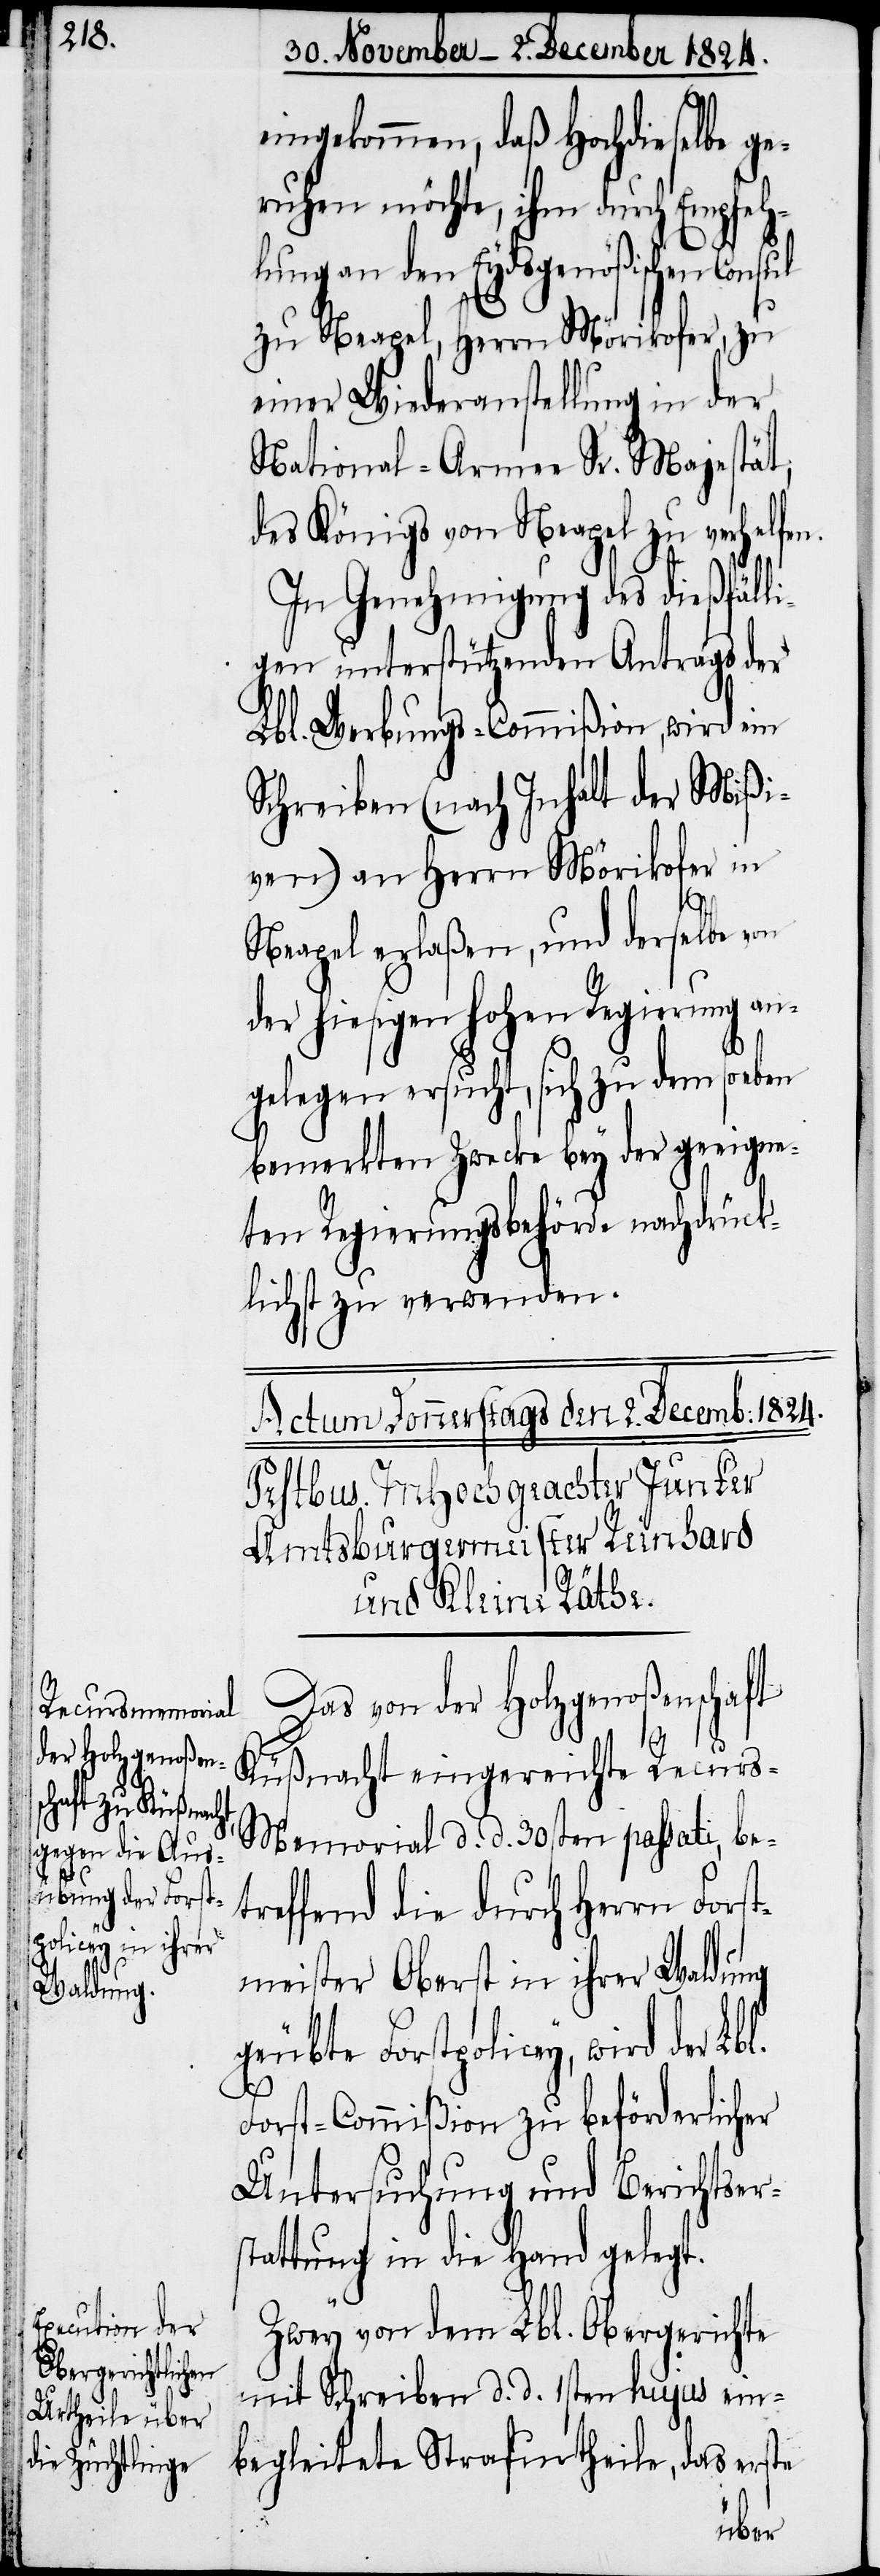
eingekommen, daß Hochdieselbe ge¬
ruhen möchte, ihm durch Empfeh¬
lungen an den Eydsgenößischen Consul
zu Neapel, Herrn Mörikofer, zu
einer Wiederanstellung in der
National-Armee Sr. Majestät;
des Königs von Neapel zu verhelfen.
In Genehmigung des dießfälli¬
gen unterstützenden Antrags der
Lbl. Werbungs-Commißion, wird ein
Schreiben (nach Inhalt der Mißi¬
ven) an Herrn Mörikofer in
Neapel erlaßen, und derselbe von
der hiesigen hohen Regierung an¬
gelegen ersucht, sich zu dem soe¬
bemerkten Zwecke bey der geeigne¬
ten Regierungsbehörde nachdrück¬
lich zu verwenden.
Das von der Holzgenoßenschaft
Küßnacht eingereichte Recurs-M¬
emorial d. d. 30sten passati, be¬
treffend die durch Herrn Forst¬
meister Oberst in ihrer Waldung
geübte Forstpolicey, wird der
Lbl.
Forst-Commißion zu beförderlicher
Untersuchung und Berichtser¬
stattung in die Hand gelegt.
Zwey von dem Lbl. Obergerichte
mit Schreiben d. d. 1sten hujus ein¬
begleitete Strafurtheile, das erste